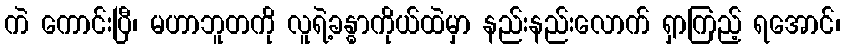
ကဲ ကောင်းပြီ၊ မဟာဘူတကို လူရဲ့ခန္ဓာကိုယ်ထဲမှာ နည်းနည်းလောက် ရှာကြည့် ရအောင်၊